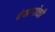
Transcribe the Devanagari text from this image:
पेसारोची